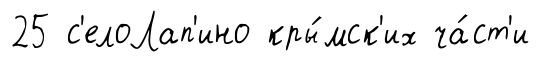
25 с'елоЛап'ино кры́мск'их ча́ст'и